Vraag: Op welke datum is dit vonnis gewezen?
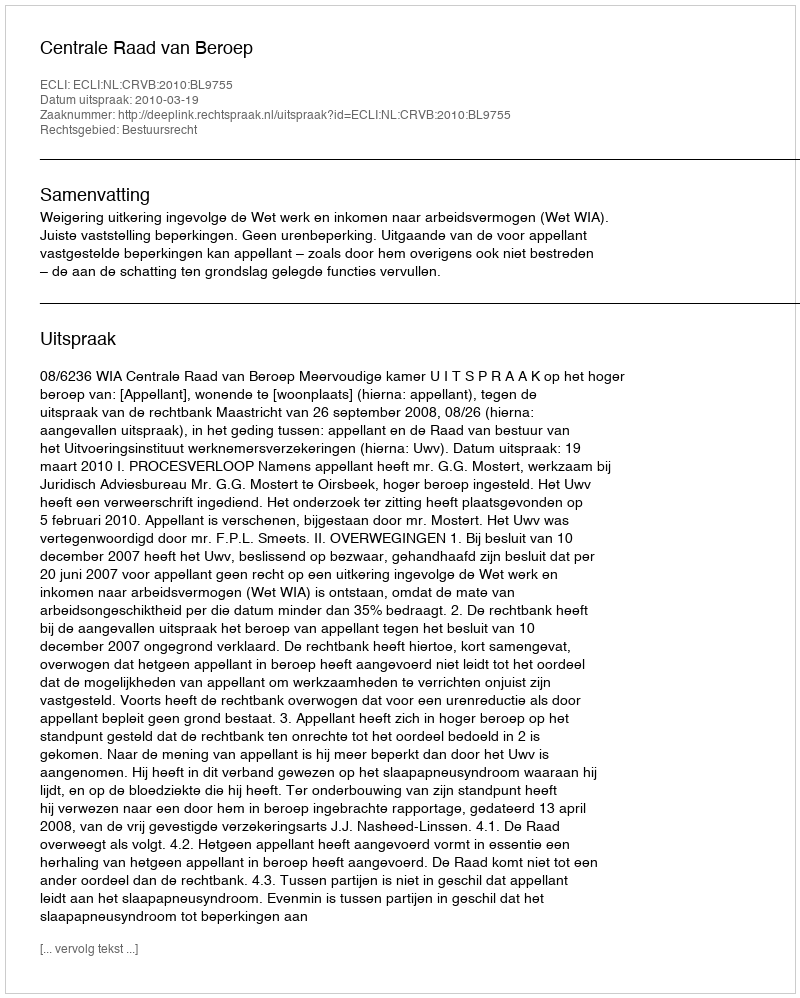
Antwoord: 2010-03-19